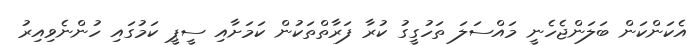
އެކަންކަން ބަލަންޖެހެނީ މައްސަލަ ތަހުގީގު ކުރާ ފަރާތްތަކުން ކަމަށާއި ސީޕީ ކަމުގައި ހުންނެވިއިރު